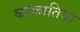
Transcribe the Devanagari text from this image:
काकातिया